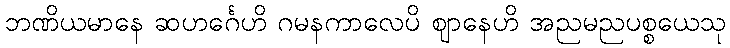
ဘဏိယမာနေ ဆဟင်္ဂေဟိ ဂမနကာလေပိ ဈာနေဟိ အညမညပစ္စယေသု